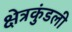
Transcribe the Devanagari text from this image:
क्षेत्रकुंडली